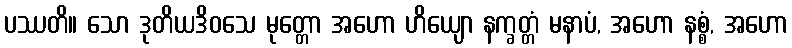
ပဿတိ။ သော ဒုတိယဒိဝသေ မုတ္တော အဟော ဟိယျော နက္ခတ္တံ မနာပံ, အဟော နစ္စံ, အဟော